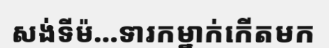
សង់ទីម៉...ទារកម្នាក់កើតមក